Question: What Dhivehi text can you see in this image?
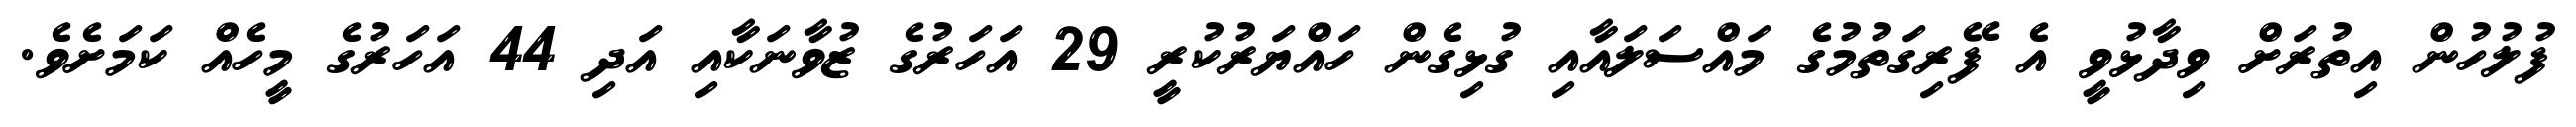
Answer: ފުލުހުން އިތުރަށް ވިދާޅުވީ އެ ފޭރިގަތުމުގެ މައްސަލައާއި ގުޅިގެން ހައްޔަރުކުރީ 29 އަހަރުގެ ޒުވާނަކާއި އަދި 44 އަހަރުގެ މީހެއް ކަމަށެވެ.